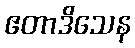
ဧတာဒိသေန